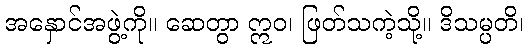
အနှောင်အဖွဲ့ကို။ ဆေတွာ ဣဝ၊ ဖြတ်သကဲ့သို့။ ဒိသမ္ပတိ၊